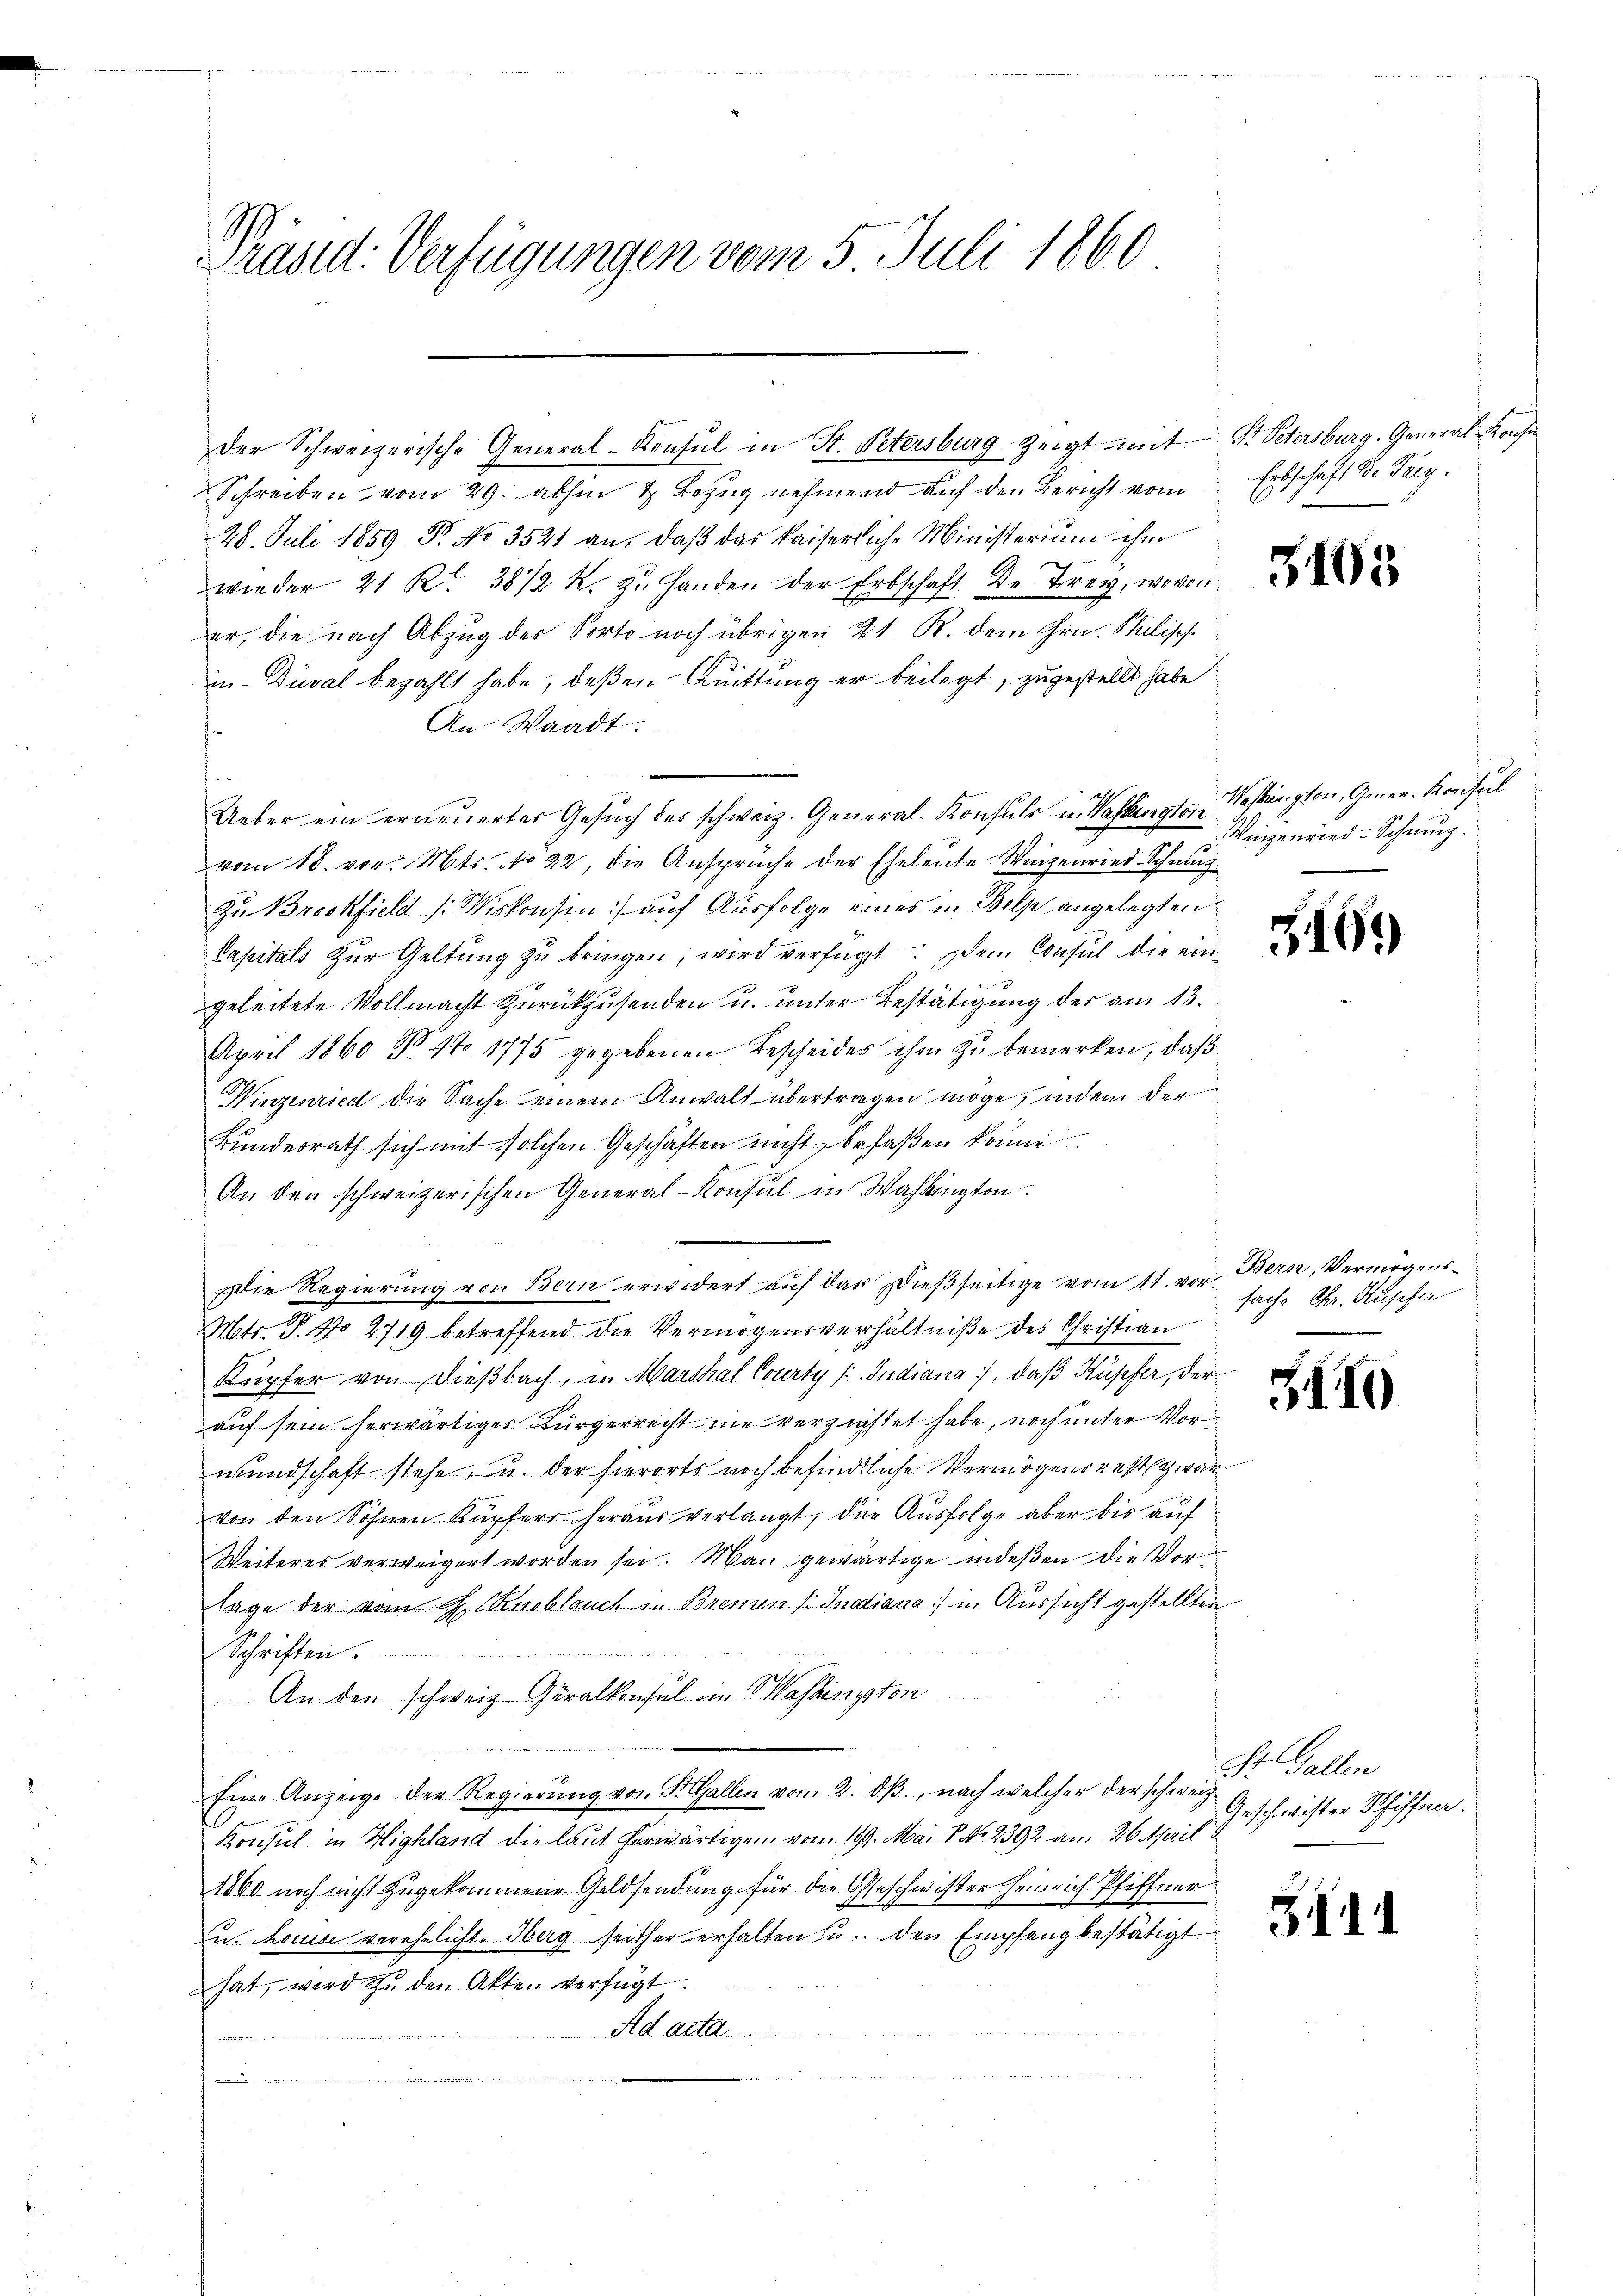
Präsid. Verfügungen vom 5. Juli 1860

Schreiben vom 29. abhin & Bezug nehmend auf den Bericht vom Erbschaft der Frey.
28. Juli 1859 Fr. No. 3521 an, daβ das kaiserliche Ministerium ihm
wieder 21 Kr. 3812 K. zu Handen der Erbschaft de Frey, wovon
er, die nach Abzug der Sorto noch übrigen 21 R. dem Hrn. Philisch
in Duval bezahlt habe, deßen Quittung er beilegt, zugestellt habe
An Waadt.
Ueber ein erneuerter Gesuch des schweiz. General-Konsuls u. Washingten Washington, Gener-Konseil
vom 18. vor. Mts. No 22, die Ansprüche der Eheleute. Wenzenried-Schmutz
Zu Brockfield (Miskonsen auf Ausfolge eines in Bels angelegten
Capitals Zur Geltung zu bringen, wird verfügt: Dem Consul die eingeleitete Vollmacht zurückzusenden u. unter Bestätigung der am 13.
April 1860 n 1. 1775 gegebenen Bescheides ihm zu bemerken, daß
Winzenried die Sache einem Anwalt übertragen möge, inden der
Bundesrath sich mit solchen Geschäften nicht befaßen könne
An den schweizerischen General-Konsul in Wahlington
Die Regierung von Bern erwidert auf das Dießseitige vom 11. vor.
Mts. T. No 2719 betreffend die Vermögensverhältniße des Christian
Kupfer von dießbach, in Marthal Courty / Indiana, daß Kupfer, derauf sein herwärtiges Bürgerrecht nie verzichtet habe, noch unter Vorwundschaft stehe, u. der hierorts noch befindliche Vermögensrest zwar
von den Sohnen Kupfers heraus verlangt, die Ausfolge aber bis auf
Weiteres verweigert worden sei. Man gewärtige indeßen die Vortage der vom H. Knoblauch in Bremen (: Indiana in Aussicht gestellten
22 8
Schriften
An den schweiz. Geralkonsul in Washington
Eine Anzeige der Regierŭng von St. Gallen vom 2. dβ., nach welcher der schweiz.
Konsul in Highland die laut herwärtigen vom 18. Mai 8. No 2392 am 26. April
1860 noch nicht zugekommene Geldsendung für die Geschwister Heinrich Pfiffner
Zu. Louise verehelicht. Oberg seither erhalten zu den Empfang bestätigt
hat, wird zŭ den Akten verfügt.
Ad acta
u

Der Schweizerische General-Konsul in St. Petersburg zeigt mit St. Petersburg. General Konse

3108

Wingenried-Schnung.

5169

Bern, Vermögens-
sache Chr. Rupfa

5II

St. Gallen
Geschwister Schiffen.

3414